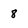
Character: 8